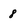
Character: 8